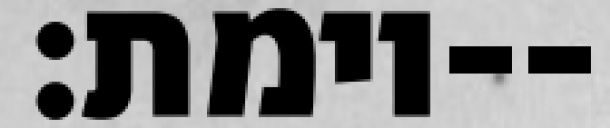
וימת׃--